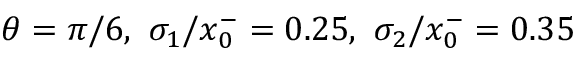
\theta = \pi / 6 , \ \sigma _ { 1 } / x _ { 0 } ^ { - } = 0 . 2 5 , \ \sigma _ { 2 } / x _ { 0 } ^ { - } = 0 . 3 5